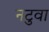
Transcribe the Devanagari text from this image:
नटुवा